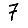
Digit: 7